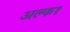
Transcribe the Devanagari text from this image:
अल्फ१